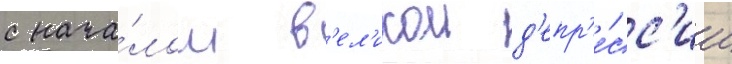
с нача́лом в'ел'икои д'епр'е́сс'ии